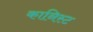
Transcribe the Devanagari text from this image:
कानिस्ट